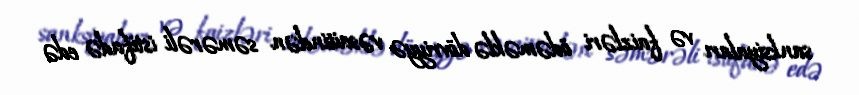
sanksiyaları və faizləri ödəməklə dövriyyə vəsaitindən səmərəli istifadə edə